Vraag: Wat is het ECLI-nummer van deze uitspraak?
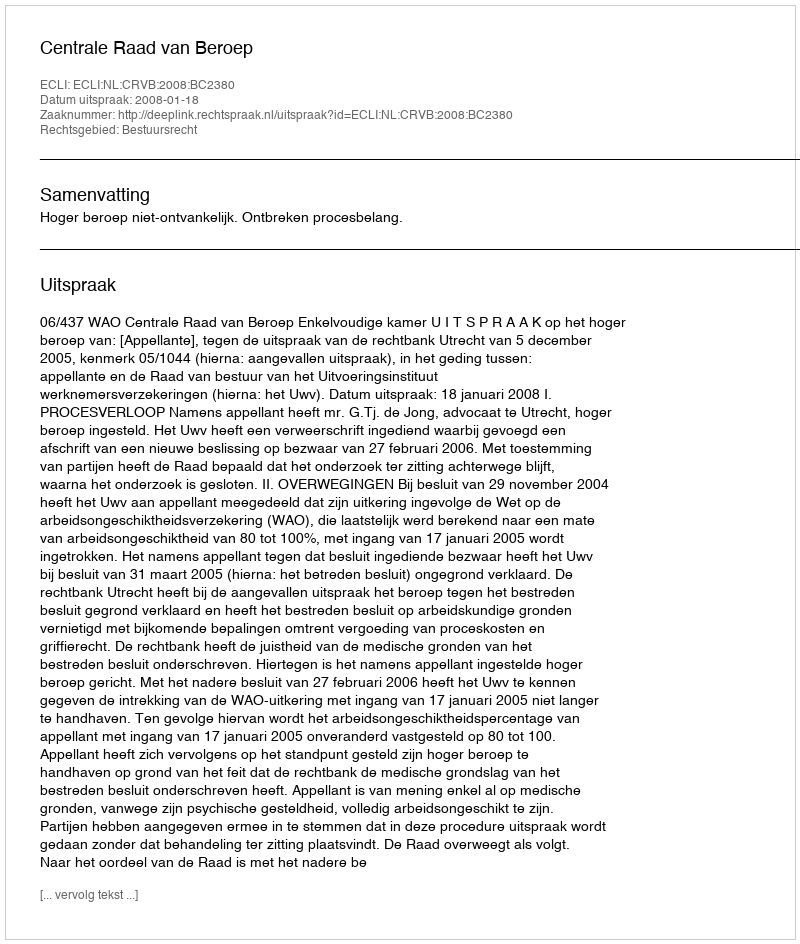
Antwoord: ECLI:NL:CRVB:2008:BC2380